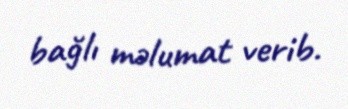
bağlı məlumat verib.